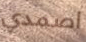
اصمدي